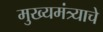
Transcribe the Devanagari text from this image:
मुख्यमंत्र्याचे